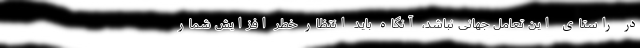
در راستای این تعامل جهانی نباشد، آنگاه باید انتظار خطر افزایش شمار